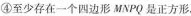
④至少存在一个四边形MNPQ是正方形，